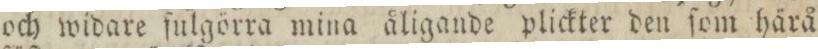
och widare ſulgörra mina åligande plickter den ſom härå